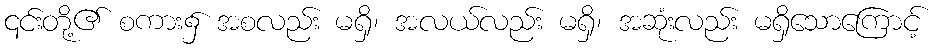
၎င်းတို့၏ စကား၌ အစလည်း မရှိ၊ အလယ်လည်း မရှိ၊ အဆုံးလည်း မရှိသောကြောင့်